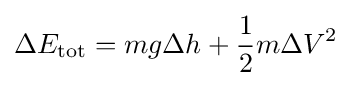
\Delta E_{\text{tot}}=mg\Delta h+{1 \over 2}m{\Delta V}^{2}